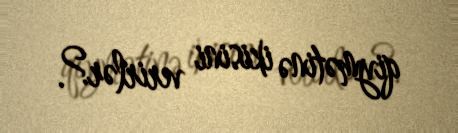
qiymətinə ikisini verirlər?.